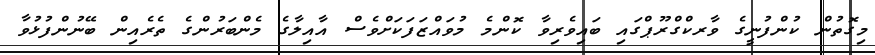
މިގޮތުން ކުންފުނީގެ ވާރކްގްރޫޕްގައި ބައިވެރިވާ ކޮންމެ މުވައްޒަފަކަށްވެސް އާއިލާގެ މެންބަރުންގެ ތެރެއިން ބޭނުންފުޅުވާ